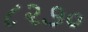
૮૨૭૦